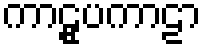
ကာဠူပကာဠာ